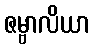
ဇမ္ဗာလိယာ